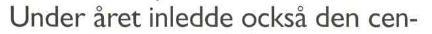
Under året inledde också den cen-